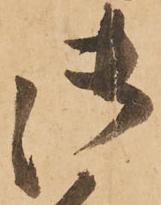
御